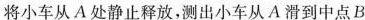
将小车从A处静止释放，测出小车从A滑到中点B